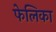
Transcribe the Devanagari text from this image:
फेलिका